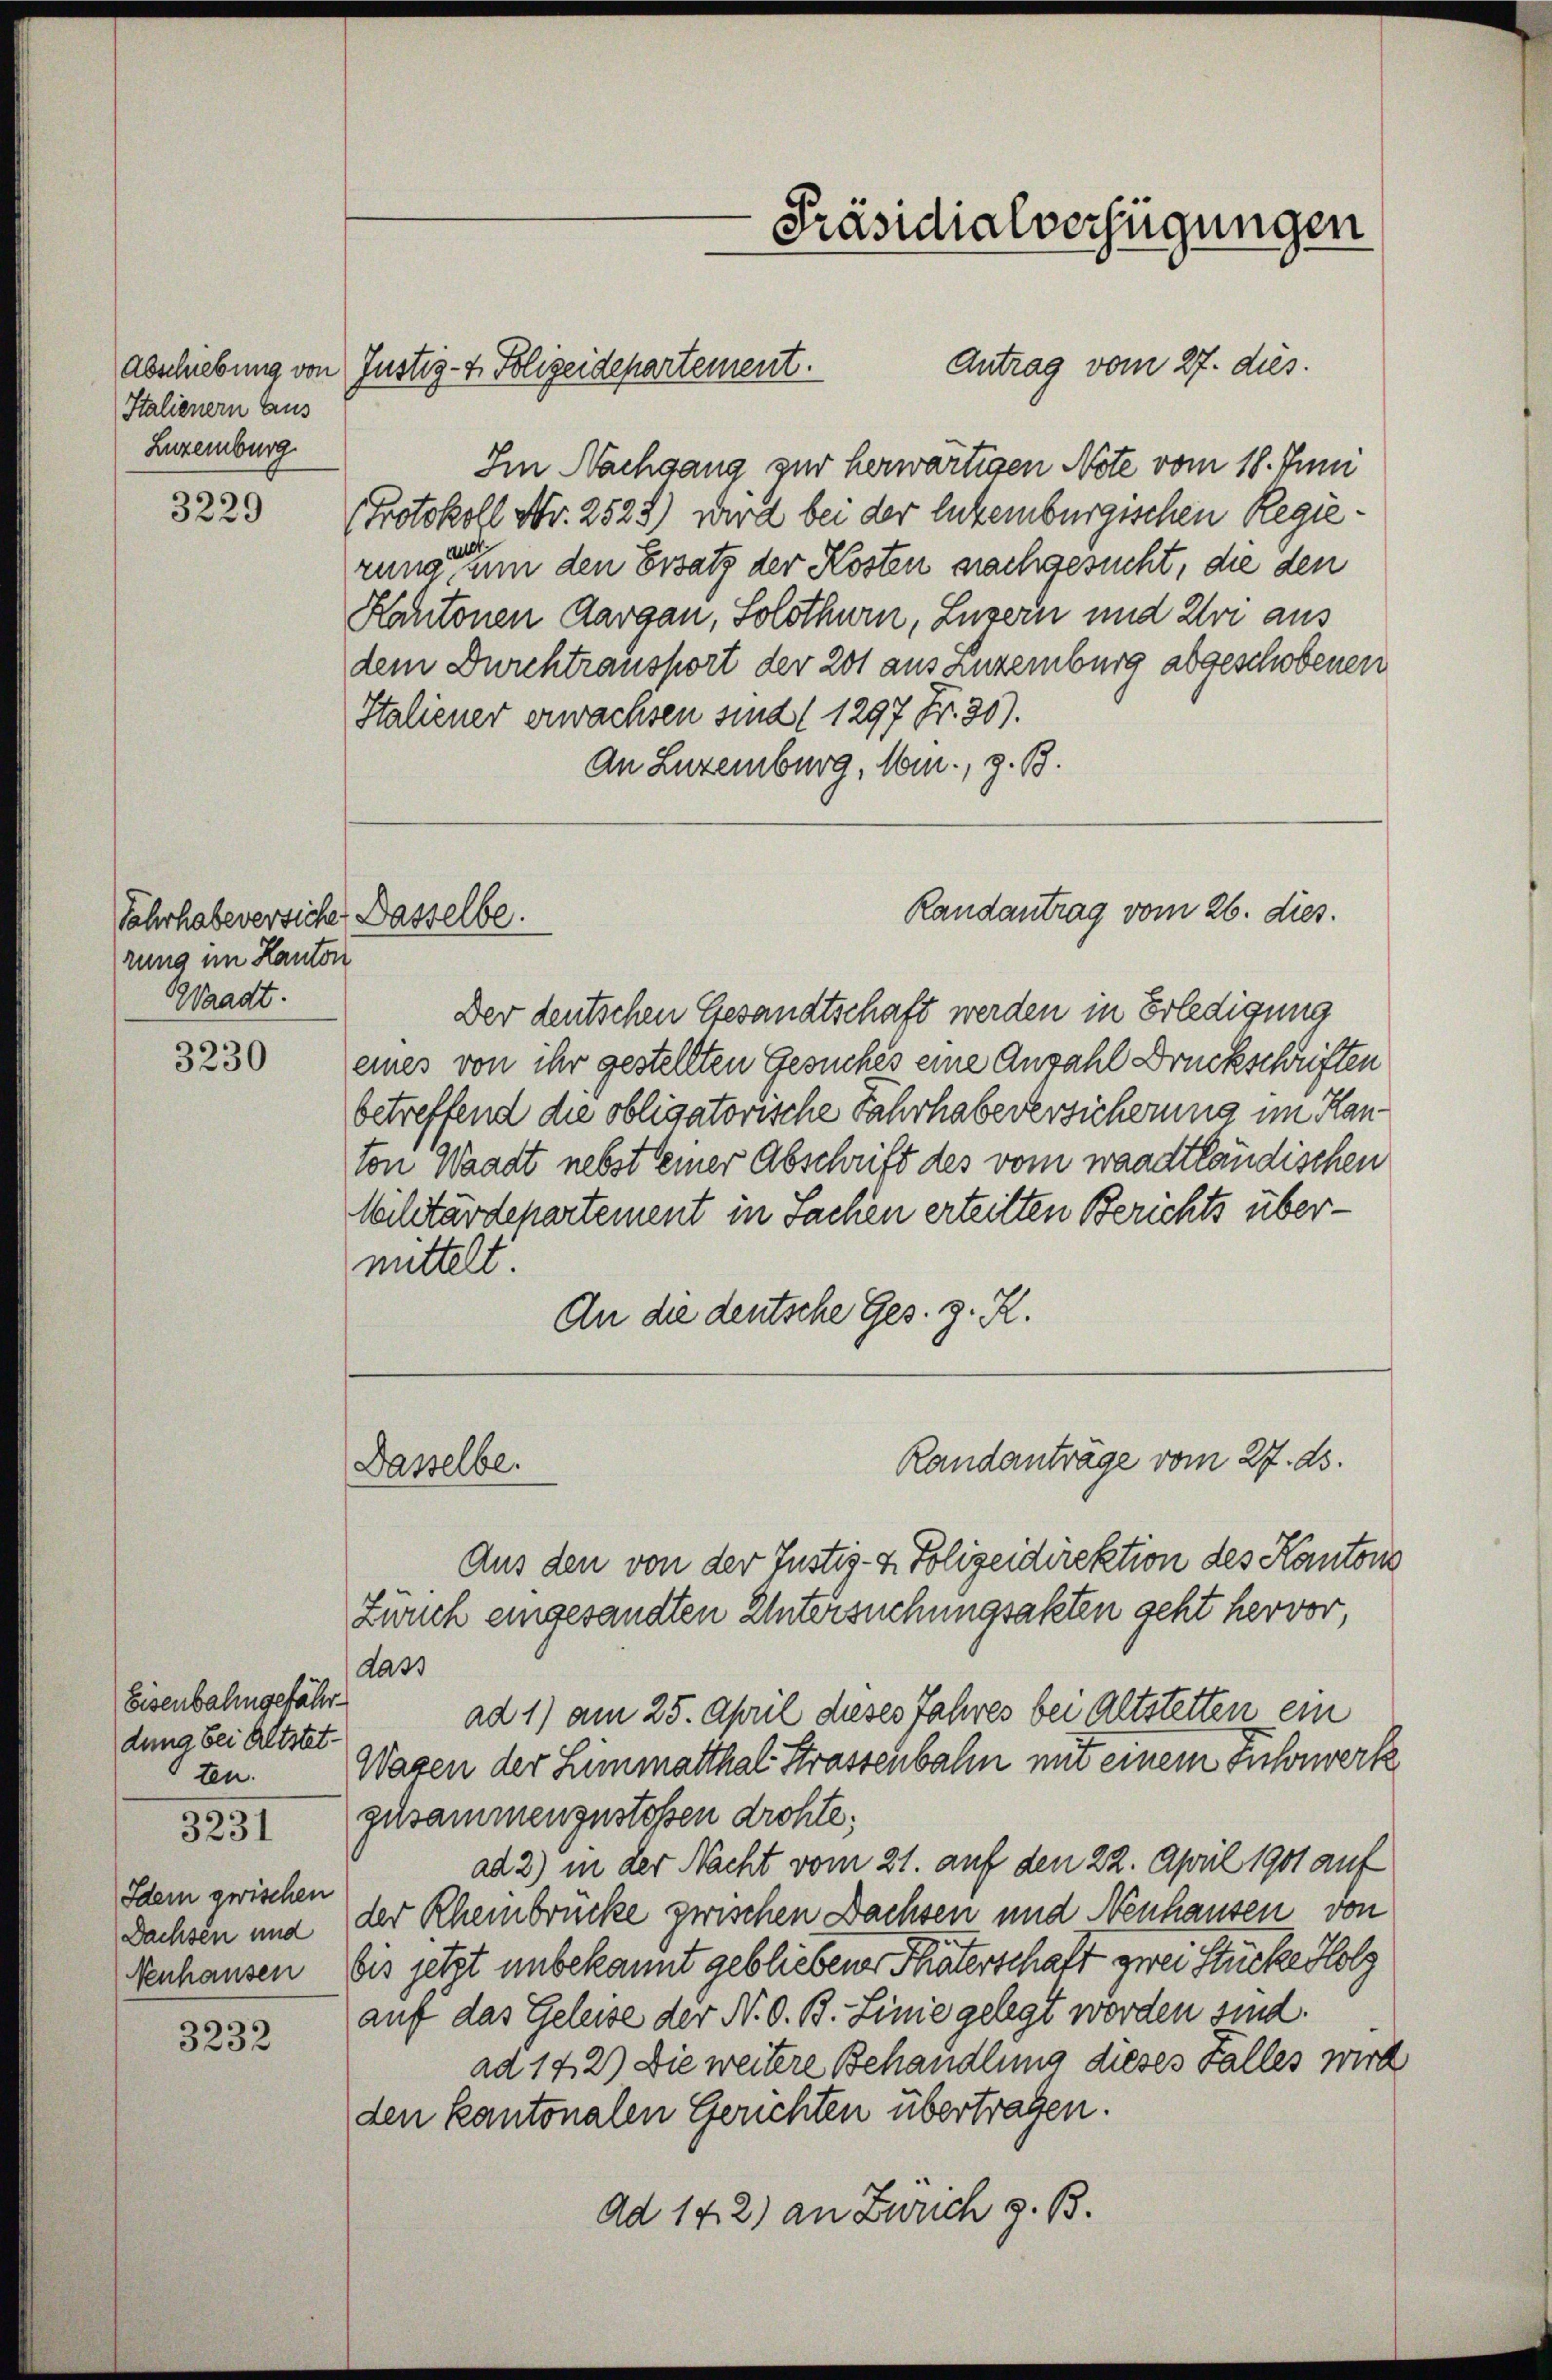
Italienern Aus
Luxemburg

3229

Jahrhabeversiche Dasselbe.
rung im Kanton
Waadt.

3230

Eisenbahngefährdung bei Altstet.
ten.

3231

Idein zwischen
Dachsen und
Nenhausen

3232

Antrag vom 27. dies
Abschiebung von Justiz- & Polizeidepartement.
Im Nachgang zur herwärtigen Note vom 18. Juni
Protokoll Nr. 2522) wird bei der Enkemburgischen Regie
rung des um den Ersatz der Kosten nachgesucht, die den
Kantonen Aargau, Solothurn, Luzern und Uri aus
dem Durchtransport der 201 aus Luxemburg abgeschobenen
Italiener erwachsen sind (1297 Fr. 30).
An Luxemburg, Min., z. B.

Der deutschen Gesandtschaft werden in Erledigung
eines von ihr gestellten Gesuches eine Anzahl Druckschriften
betreffend die obligatorische Fahrhabeversicherung im Hanton Waadt nebst seiner Abschrift des vom waadtländischen
Militärdepartement in Sachen erteilten Berichts übermittelt.
An die deutsche Ges. z. R.

Dasselbe.

-Präsidialverfügungen

Randantrag vom 26. dies.

Randanträge vom 27. ds.

Aus den von der Justiz- & Polizeidirektion des Kantons
Zürich eingesandten Untersuchungsakten geht hervor,
dass
ad 1) am 25. April dieses Jahres bei Altstetten ein
Wagen der Limmatthal Strassenbahn mit einem Fuhrwerk
zusammenzustossen drohte;
ad 2) in der Nacht vom 21. auf den 22. April 1901 auf
der Rheinbrücke zwischen Dachsen und Neuhausen von
bis jetzt unbekannt gebliebener Theaterschaft zwei Stücke Holz
auf das Geleise der N. O. B. Linie gelegt worden sind.
ad 142) Die weitere Behandlung dieses Falles wird
den kantonalen Gerichten übertragen.
Ad 142) an Zürich z. B.